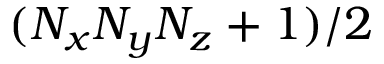
( N _ { x } N _ { y } N _ { z } + 1 ) / 2